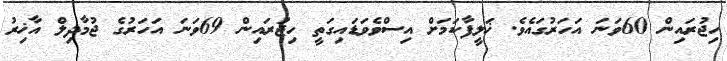
ހިޖުރައިން 60ވަނަ އަހަރުގައެވެ. ޚަލީފާކަމަށް އިސްވެވަޑައިގަތީ ހިޖުރައިން 69ވަނަ އަހަރުގެ ޖުމާދިލް އާޚިރު